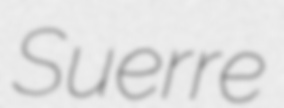
Suerre